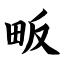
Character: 畈